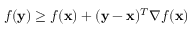
f ( \mathbf { y } ) \geq f ( \mathbf { x } ) + ( \mathbf { y } - \mathbf { x } ) ^ { T } \nabla f ( \mathbf { x } )